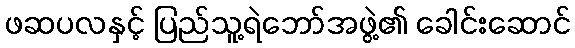
ဖဆပလနှင့် ပြည်သူ့ရဲဘော်အဖွဲ့၏ ခေါင်းဆောင်